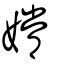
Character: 嫦